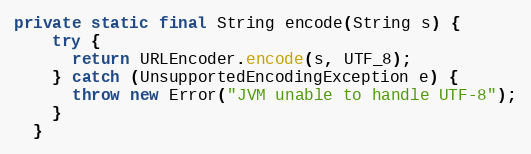
Language: Java
private static final String encode(String s) {
    try {
      return URLEncoder.encode(s, UTF_8);
    } catch (UnsupportedEncodingException e) {
      throw new Error("JVM unable to handle UTF-8");
    }
  }